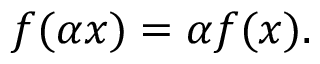
\textstyle f ( \alpha x ) = \alpha f ( x ) .